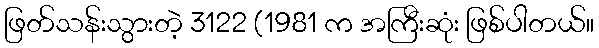
ဖြတ်သန်းသွားတဲ့ 3122 (1981 က အကြီးဆုံး ဖြစ်ပါတယ်။